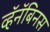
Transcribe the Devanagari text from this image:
व्हॅनॅबिनस